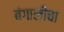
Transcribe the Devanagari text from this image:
बंगालीचा